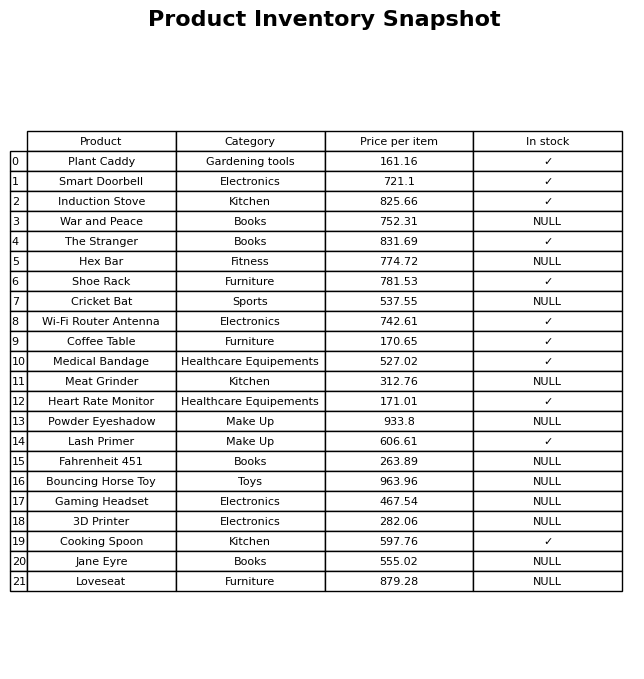
question: What is the price for Medical Bandage?
answer: The price of Medical Bandage is 527.02.